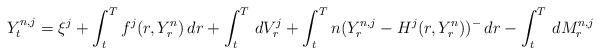
LaTeX: \begin{align*}Y^{n,j}_t=\xi^j+\int_t^T f^j(r,Y^n_r)\,dr+\int_t^T\,dV^j_r+\int_t^Tn(Y^{n,j}_r-H^j(r,Y^n_r))^-\,dr-\int_t^T\,dM^{n,j}_r\end{align*}